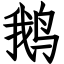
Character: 鹅